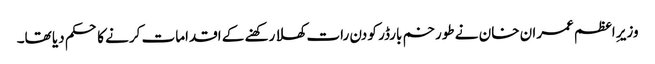
وزیرِ اعظم عمران خان نے طورخم بارڈر کو دن رات کھلا رکھنے کے اقدامات کرنے کا حکم دیا تھا۔